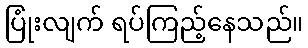
ပြုံးလျက် ရပ်ကြည့်နေသည်။